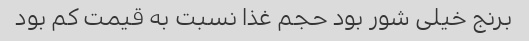
برنج خیلی شور بود حجم غذا نسبت به قیمت کم بود